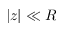
| z | \ll R